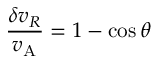
{ \frac { \delta { v _ { R } } } { v _ { \mathrm { A } } } } = 1 - \cos \theta